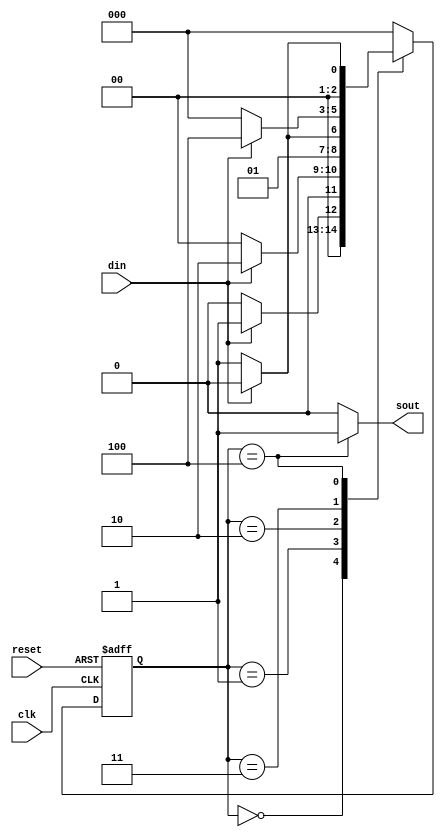
`timescale 1ns / 1ps
//////////////////////////////////////////////////////////////////////////////////
// Company: 
// Engineer: 
// 
// Design Name: 
// Module Name: seg_det_moore
// Project Name: 
// Target Devices: 
// Tool Versions: 
// Description: 
// 
// Dependencies: 
// 
// Revision:
// Revision 0.01 - File Created
// Additional Comments:
// 
//////////////////////////////////////////////////////////////////////////////////


module  seq_det_moore
  (
input   clk , reset,
input   din,
output reg sout
) ;
//  
localparam[ 2:0 ]
s0 = 3'b000 ,
s1 = 3'b001 ,
s2 = 3'b010 ,
s3 = 3'b011 ,
s4 = 3'b100;
reg[ 2:0 ] cs , nst ;
//
always@ (posedge clk , posedge reset )
if ( reset )
cs <= s0 ;
else
cs <= nst ;
    //C1
always  @*
begin
case  (cs )
s0:
if (din == 1'b1 ) nst = s1 ;
            else nst = s0 ;
s1:
if (din == 1'b1 ) nst = s2 ;
            else nst = s0 ;
s2:
if (din == 1'b0 ) nst = s3 ;
            else nst = s2 ;
s3:
if (din == 1'b1 ) nst = s4;
            else nst = s0 ;
s4:
if (din == 1'b0 ) nst = s1 ;
            else nst = s0;
default : nst = s0 ;
endcase
end
  //C2
always  @*
begin
  if (cs == s4) sout = 1;
  else sout = 0;
end
endmodule